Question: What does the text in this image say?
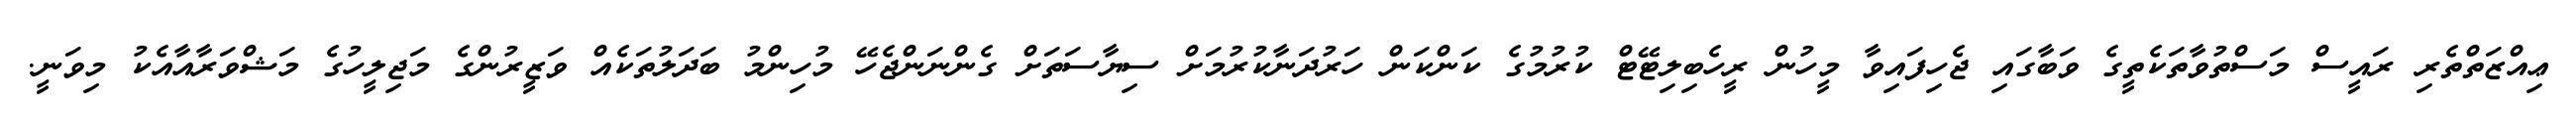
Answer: ޢިއްޒަތްތެރި ރައީސް މަސްތުވާތަކެތީގެ ވަބާގައި ޖެހިފައިވާ މީހުން ރީހެބިލިޓޭޓް ކުރުމުގެ ކަންކަން ހަރުދަނާކުރުމަށް ސިޔާސަތަށް ގެންނަންޖެހޭ މުހިންމު ބަދަލުތަކެއް ވަޒީރުންގެ މަޖިލީހުގެ މަޝްވަރާއާއެކު މިވަނީ.